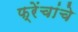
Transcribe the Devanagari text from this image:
फ्रेंचांचे